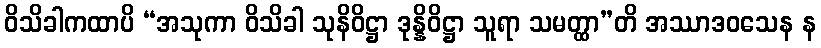
ဝိသိခါကထာပိ “အသုကာ ဝိသိခါ သုနိဝိဋ္ဌာ ဒုန္နိဝိဋ္ဌာ သူရာ သမတ္ထာ”တိ အဿာဒဝသေန န